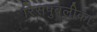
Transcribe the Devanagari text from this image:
रिसपुबलीका